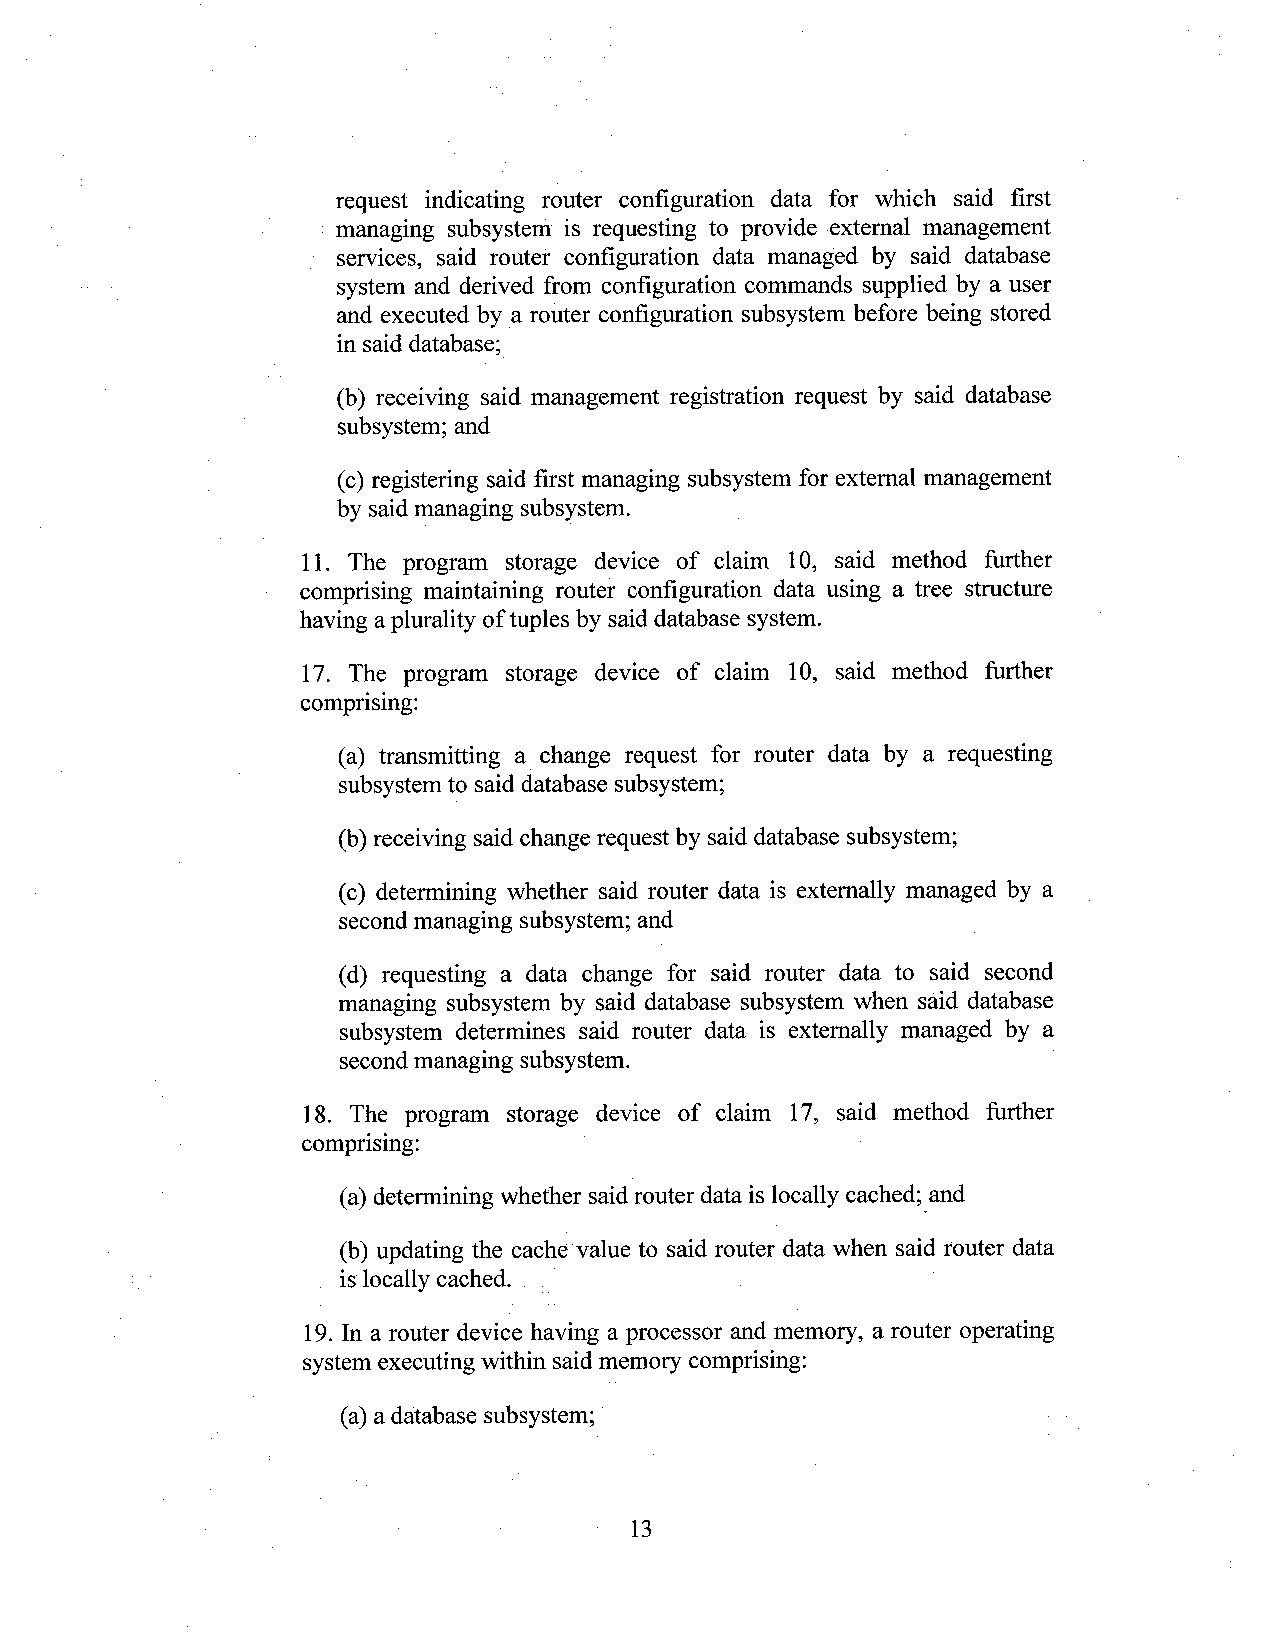
request indicating router configuration data for which said first
 managing subsystem is requesting to provide external management
 services, said router configuration data managed by said database
 system and derived from configuration commands supplied by a user
 and executed by a router configuration subsystem before being stored
 in said database;
 (b) receiving said management registration request by said database
 subsystem; and
 (c) registering said first managing subsystem for external management
 by said managing subsystem. V
 11. The program storage device of claim l0, said method further
 comprising maintaining router configuration data using a tree structure
 having aplurality oftuples by said database system.
 17. The program storage device of claim 10, said method further
 comprising:
 (a) transmitting a_change request for router data by a requesting
 subsystem to said database subsystem;
 (b) receiving said change request by said database subsystem;
 (c) determining Whether said router data is externally managed by a
 secondmanaging subsystem; and
 (d) requesting a data change for said router data to said second
 managing subsystem by said database subsystem when said database
 subsystem determines said router data is externally managed by a
 secondmanaging subsystem.
 18. The program storage device of claim 17, said method further
 comprising:                          ­
 (a) determining whether saidrouter data is locally cached;‘and
 (b) updating the cache value to said router data when said router data
 is"locally cached. H                   ‘
 19.In a router device having a processor and memory, a router operating
 system executing within said memory comprising:
 (a) a database subsystem; ‘
 Y  13